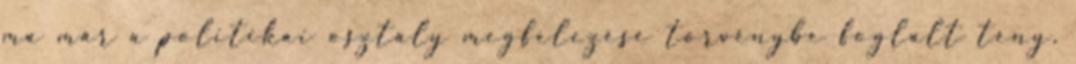
ma már a politikai osztály megfelezése törvénybe foglalt tény,